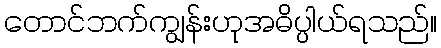
တောင်ဘက်ကျွန်းဟုအဓိပ္ပါယ်ရသည်။